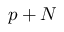
p + N